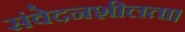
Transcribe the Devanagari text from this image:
संवेदनशीलता।